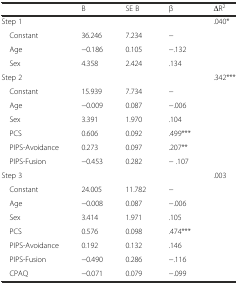
<table><thead><tr><td></td><td><b>B</b></td><td><b>SE B</b></td><td><b>β</b></td><td><b>ΔR<sup>2</sup></b></td></tr></thead><tbody><tr><td>Step 1</td><td></td><td></td><td></td><td>.040*</td></tr><tr><td> Constant</td><td>36.246</td><td>7.234</td><td>−</td><td></td></tr><tr><td> Age</td><td>−0.186</td><td>0.105</td><td>−.132</td><td></td></tr><tr><td> Sex</td><td>4.358</td><td>2.424</td><td>.134</td><td></td></tr><tr><td>Step 2</td><td></td><td></td><td></td><td>.342***</td></tr><tr><td> Constant</td><td>15.939</td><td>7.734</td><td>−</td><td></td></tr><tr><td> Age</td><td>−0.009</td><td>0.087</td><td>−.006</td><td></td></tr><tr><td> Sex</td><td>3.391</td><td>1.970</td><td>.104</td><td></td></tr><tr><td> PCS</td><td>0.606</td><td>0.092</td><td>.499***</td><td></td></tr><tr><td> PIPS-Avoidance</td><td>0.273</td><td>0.097</td><td>.207**</td><td></td></tr><tr><td> PIPS-Fusion</td><td>−0.453</td><td>0.282</td><td>− .107</td><td></td></tr><tr><td>Step 3</td><td></td><td></td><td></td><td>.003</td></tr><tr><td> Constant</td><td>24.005</td><td>11.782</td><td>−</td><td></td></tr><tr><td> Age</td><td>−0.008</td><td>0.087</td><td>−.006</td><td></td></tr><tr><td> Sex</td><td>3.414</td><td>1.971</td><td>.105</td><td></td></tr><tr><td> PCS</td><td>0.576</td><td>0.098</td><td>.474***</td><td></td></tr><tr><td> PIPS-Avoidance</td><td>0.192</td><td>0.132</td><td>.146</td><td></td></tr><tr><td> PIPS-Fusion</td><td>−0.490</td><td>0.286</td><td>−.116</td><td></td></tr><tr><td> CPAQ</td><td>−0.071</td><td>0.079</td><td>−.099</td><td></td></tr></tbody></table>